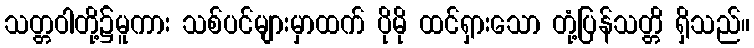
သတ္တဝါတို့၌မူကား သစ်ပင်များမှာထက် ပိုမို ထင်ရှားသော တုံ့ပြန်သတ္တိ ရှိသည်။